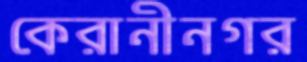
কেরানীনগর